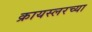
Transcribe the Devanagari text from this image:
क्रायस्लरच्या